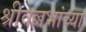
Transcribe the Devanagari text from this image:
श्रीवल्लभांच्या